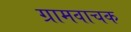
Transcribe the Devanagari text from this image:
ग्रामवाचक